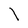
Character: I